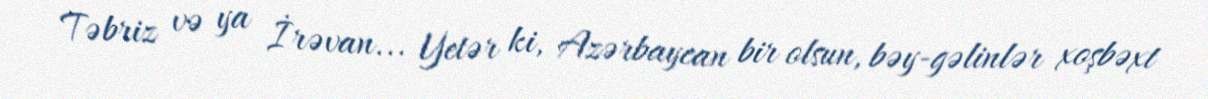
Təbriz və ya İrəvan... Yetər ki, Azərbaycan bir olsun, bəy-gəlinlər xoşbəxt